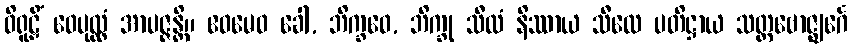
ဝိရူဠှိံ ဝေပုလ္လံ အာပဇ္ဇန္တိ။ ဧဝမေဝ ခေါ, ဘိက္ခဝေ, ဘိက္ခု သီလံ နိဿာယ သီလေ ပတိဋ္ဌာယ သတ္တဗောဇ္ဈင်္ဂေ